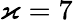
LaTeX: \varkappa=7